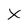
Character: x